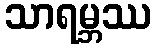
သာရမ္ဘဿ